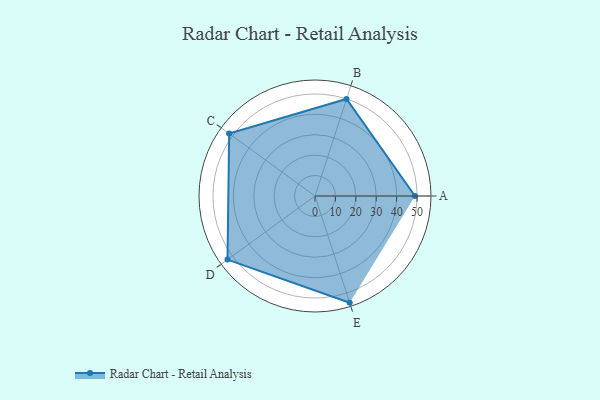
{"axis": {"x": "Skill", "y": "Score"}, "legend": ["Profile"], "data": [{"x": "A", "y": 49.0, "type": "Profile"}, {"x": "B", "y": 50.0, "type": "Profile"}, {"x": "C", "y": 52.0, "type": "Profile"}, {"x": "D", "y": 53.0, "type": "Profile"}, {"x": "E", "y": 55.0, "type": "Profile"}]}